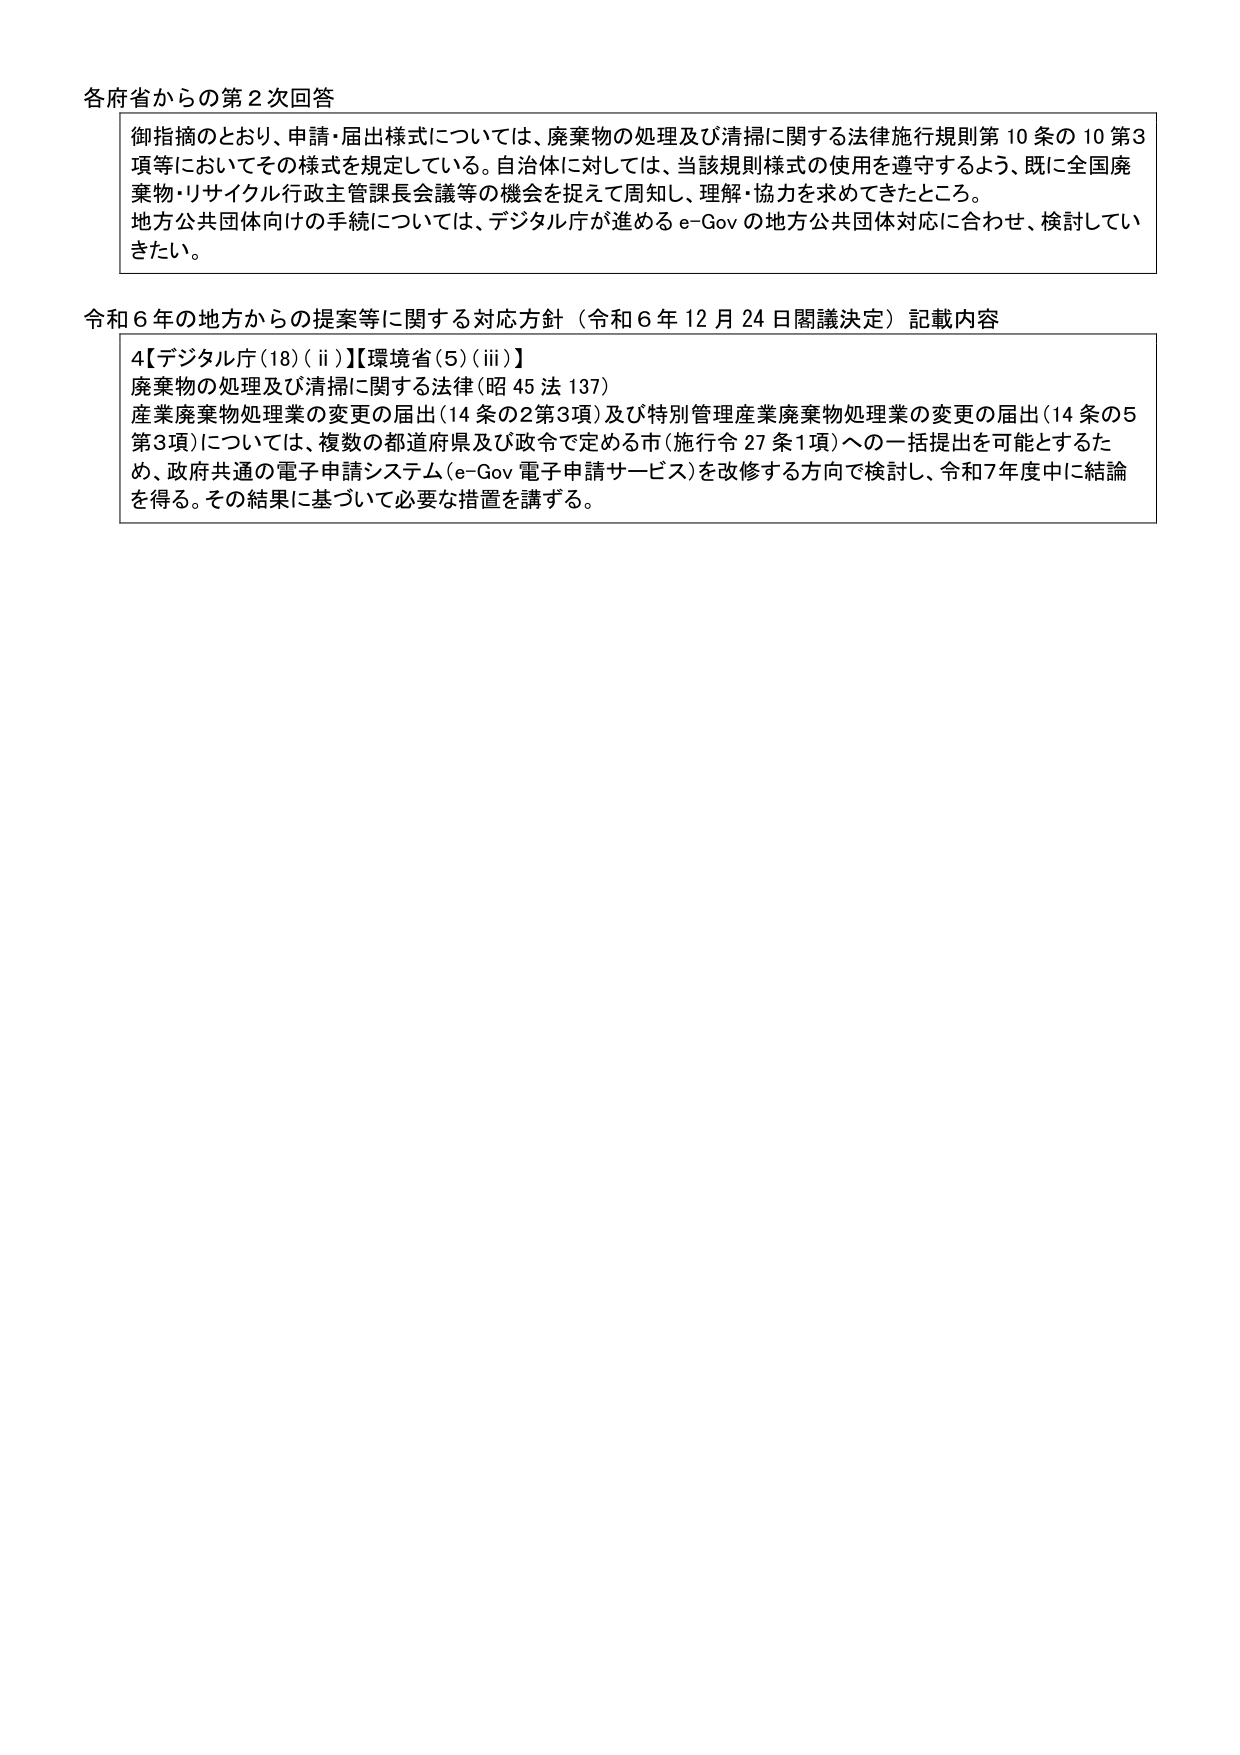
各府省からの第2次回答

御指摘のとおり、申請・届出様式については、廃棄物の処理及び清掃に関する法律施行規則第10条の10第3項等においてその様式を規定している。自治体に対しては、当該規則様式の使用を遵守するよう、既に全国廃棄物・リサイクル行政主管課長会議等の機会を捉えて周知し、理解・協力を求めてきたところ。
地方公共団体向けの手続については、デジタル庁が進めるe-Govの地方公共団体対応に合わせ、検討していきたい。

令和6年の地方からの提案等に関する対応方針（令和6年12月24日閣議決定）記載内容

4【デジタル庁(18)(ii)】【環境省(5)(iii)】
廃棄物の処理及び清掃に関する法律（昭45法137）
産業廃棄物処理業の変更の届出（14条の2第3項）及び特別管理産業廃棄物処理業の変更の届出（14条の5第3項）については、複数の都道府県及び政令で定める市（施行令27条1項）への一括提出を可能とするため、政府共通の電子申請システム（e-Gov電子申請サービス）を改修する方向で検討し、令和7年度中に結論を得る。その結果に基づいて必要な措置を講ずる。